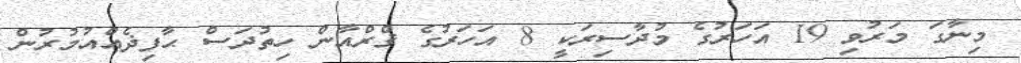
މިނާގަ މަރުވި 19 އަހަރުގެ މުދާސިރަކީ 8 އަހަރުގެ ޤްރްއާން ހިތުދަސް ޙާފިޛެއްއުމުރުން